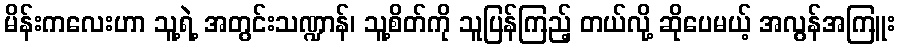
မိန်းကလေးဟာ သူ့ရဲ့ အတွင်းသဏ္ဍာန်၊ သူ့စိတ်ကို သူပြန်ကြည့် တယ်လို့ ဆိုပေမယ့် အလွန်အကြူး